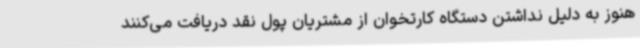
هنوز به دلیل نداشتن دستگاه کارتخوان از مشتریان پول نقد دریافت می‌کنند